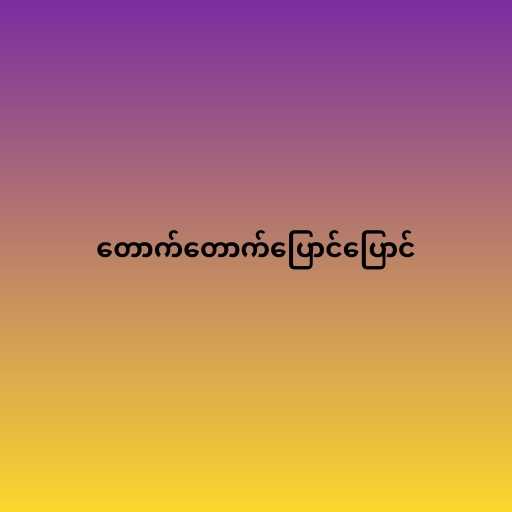
တောက်တောက်ပြောင်ပြောင်